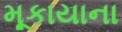
મૂકાયાના